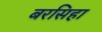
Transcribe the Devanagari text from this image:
बरसिहा